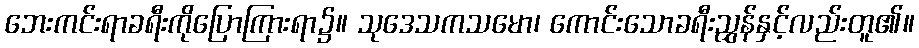
ဘေးကင်းရာခရီးကိုပြောကြားရာ၌။ သုဒေသကသမော၊ ကောင်းသောခရီးညွှန်နှင့်လည်းတူ၏။